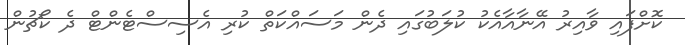
ކޮށްފައި ވާއިރު އޭނާއާއެކު ކުލަބުގައި ދެން މަސައްކަތް ކުރި އެސިސްޓެންޓް ދެ ކޯޗުން